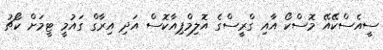
ސީއެސްކޭއޭ މޮސްކޯ އާއި ގްރީސްގެ އޮލިމްޕިއާކޮސް އަދި އިރާގް ގައުމީ ޓީމަށް ކޯޗު